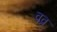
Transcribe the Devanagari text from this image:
वव्र